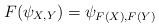
LaTeX: \begin{gather*} F(\psi _{X,Y})=\psi _{F(X),F(Y)}\end{gather*}